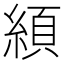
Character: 䋶